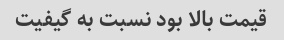
قیمت بالا بود نسبت به گیفیت